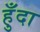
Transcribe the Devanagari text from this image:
हुँदा